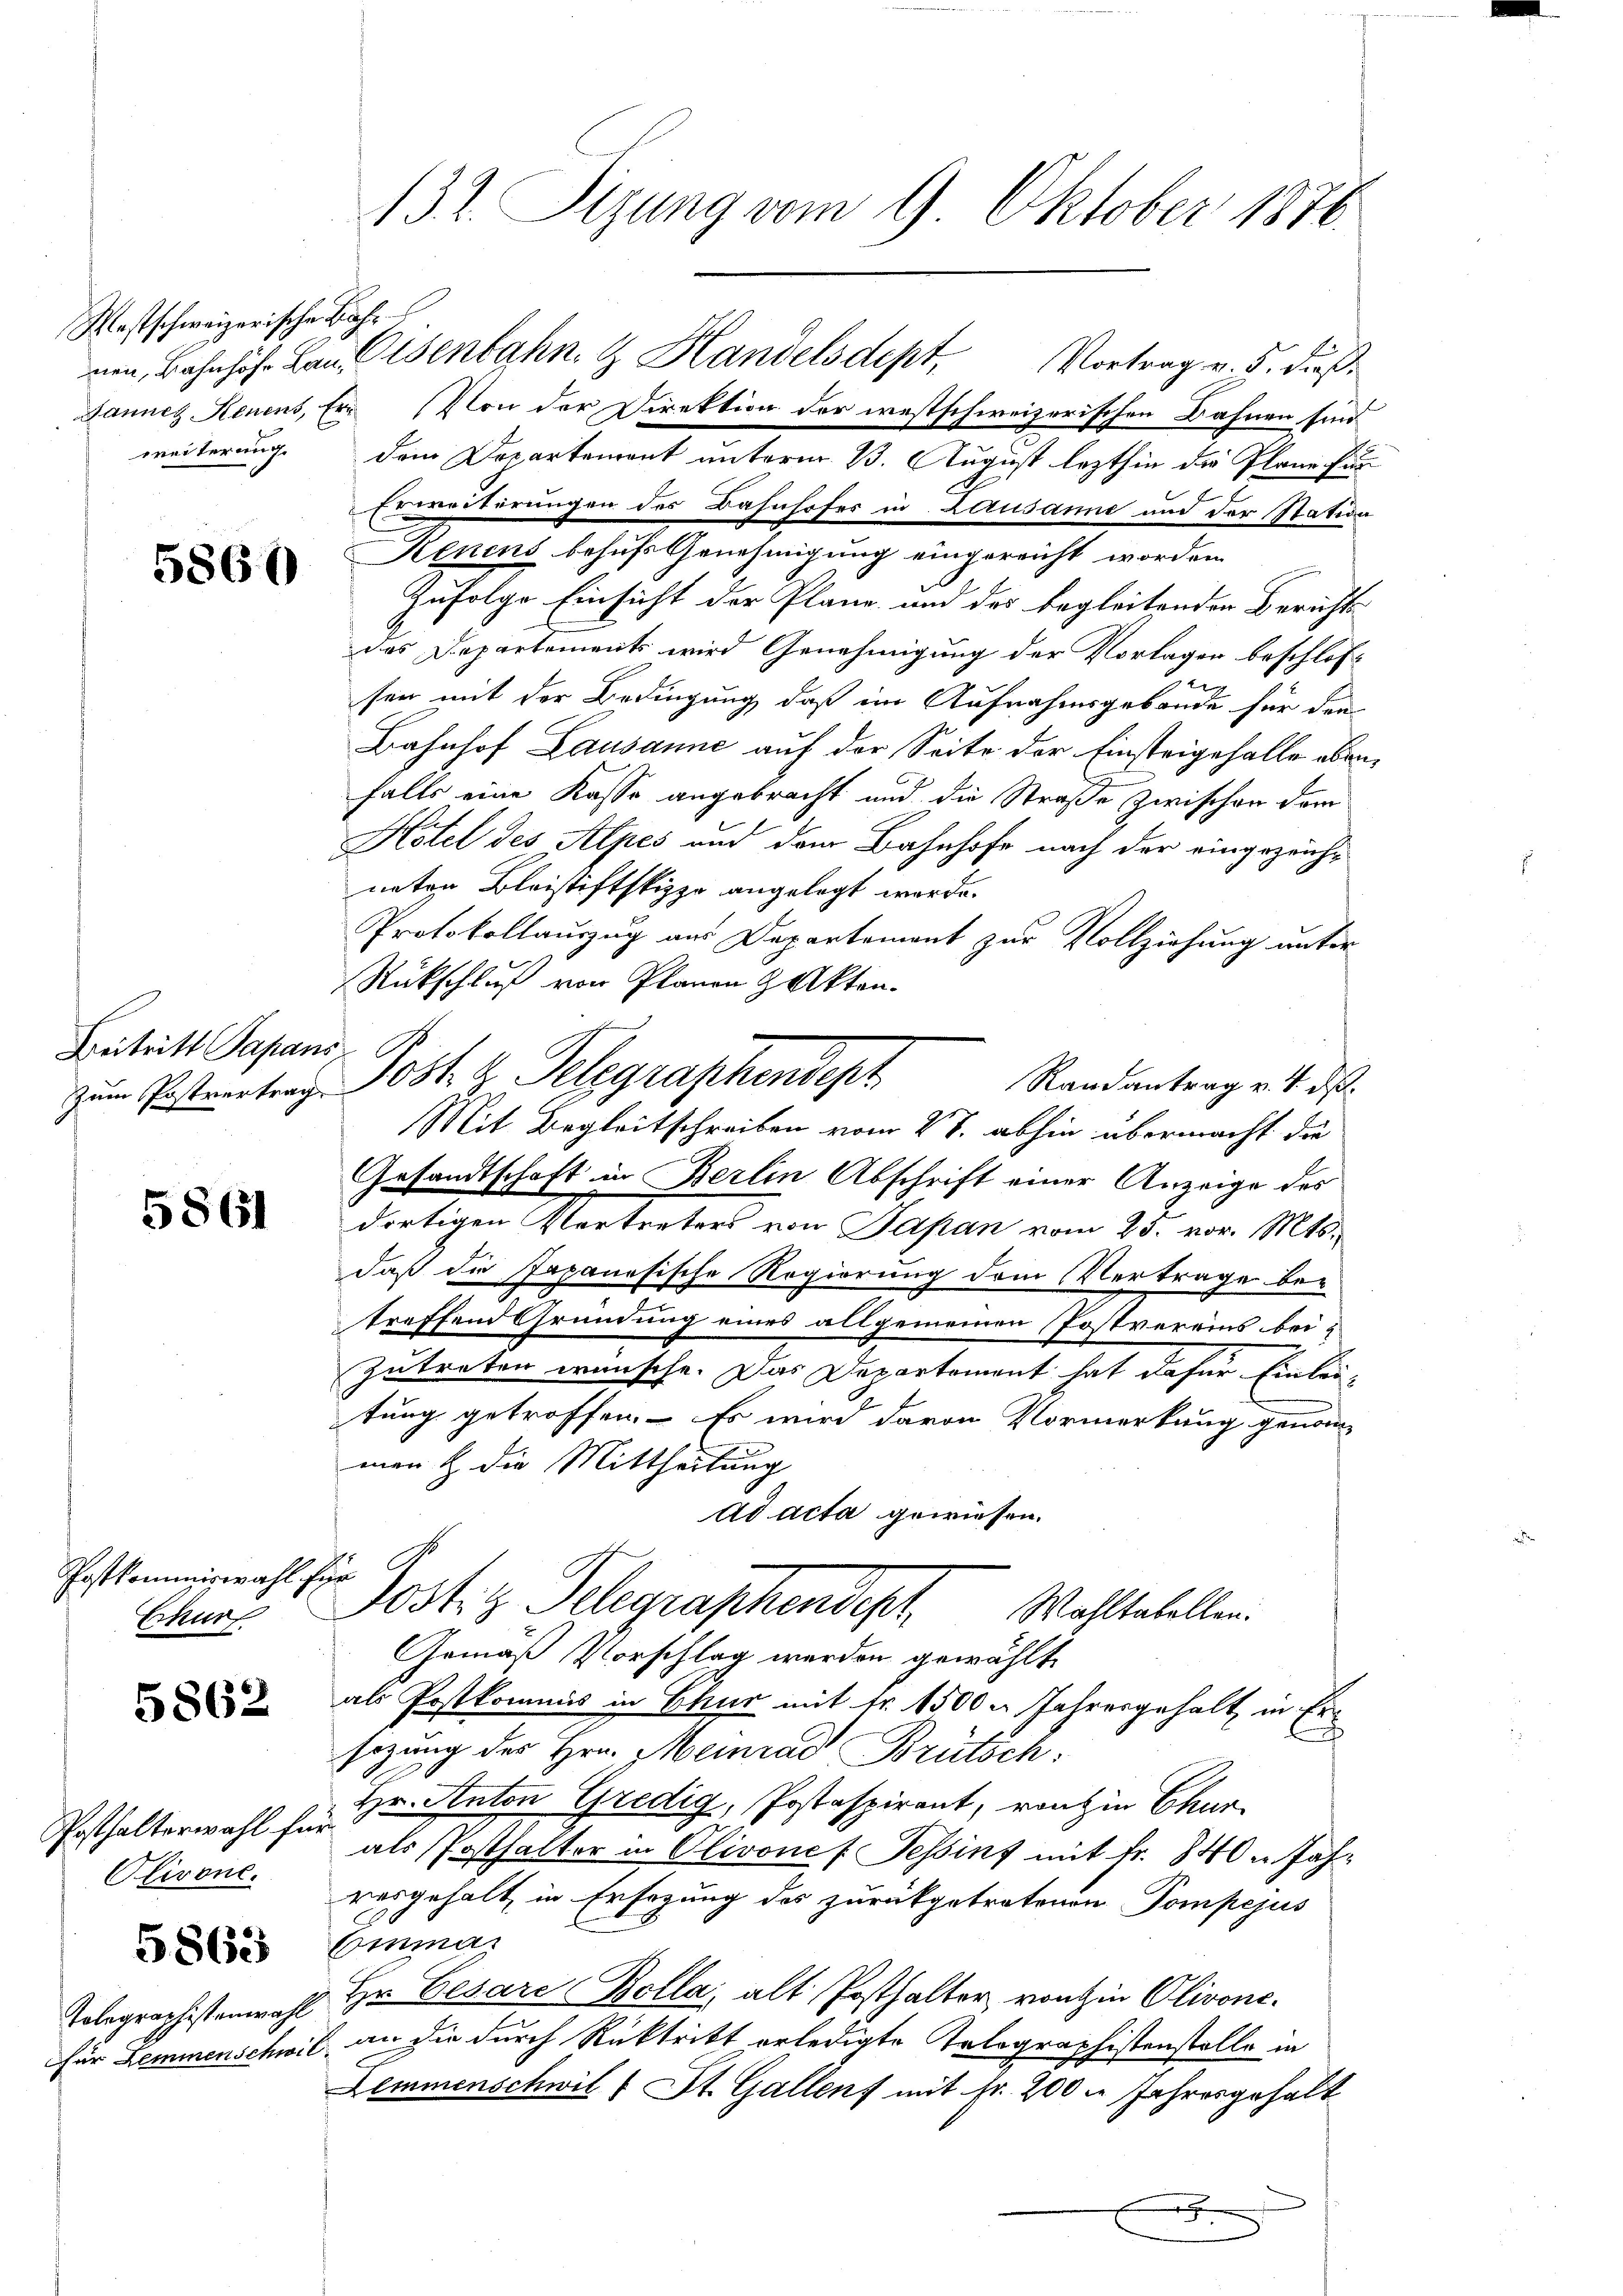
Westschweizerische Bahr.

Beitritt Papans

5862

5860

5861

Postkommiswahl für
Ekur

Posthalterwahl für
Olivone.

5865

Tolegraphistenwahl
für Lemmenschwe

Gannes Benens, Er (Von der Direktion der westschweizerischen Bahnen sind
weiterung dem Departement unterm 13. August lezthin die Plane fun
Erweiterungen des Bahnhofes in Lausanne und der Station
Kenins behufs Genehmigung eingereicht worden
Zufolge Einsicht der Pläne und der begleitenden Berichts-
das Departements wird Genehmigung der Vorlagen beschlosb
sen mit der Bedingung daß im Aufnahmsgebäude für den
Bahnhof Lausanne auf der Seite der Einsteigefalle eben
falls eine Kasse angebracht und die Straße zwischen dem
Hotel des Alpes und dem Bahnhofe nach der eingezeichneten Bleistiftskizzo angelegt werde.
Protokollauszug aus Departement zur Vollziehung unter
Rückschluß von Planen & Akten.
zŭm Posteantrag Post u. Telegraphendept
Randantrag v. 4. ds.
Mit Begleitschreiben vom 27. abhin übermacht die
Gesandtschaft in Berlin Abschrift einer Anzeige des
dortigen Vertreters von Papan vom 25. vor. Mts.
daß die Japanesische Regierung dem Vertrage betreffend Gründung eines allgemeinen Postvereins beizutreten wünsche. Das Departement hat dafür Einleitung getroffen. Es wird davon Vormerkung genom-
men & die Mittheilung
Ad acta gewiesen.
G
Jostiz Telegraphendert Wahltebellen.
Gemäß Vorschlag werden gewählt
als Postkommis in Chur mit Fr. 1500. Jahresgehalt in Er-
J
sezung des Hrn. Meinrad Brütsch:
Hr. Anton Gredig, Postaspirant, von in Chur-
als Posthalter in Olivones Tessint mit fr. 840 u Jahrosgehalt, in Ersezung des zurückgetretenen Pompejus
Emmas
v Hr. Cesare Bella, alt Posthalter von in Olivone.
. an die durch Rücktritt erledigte Tolographistenstelle in
Lemmenschwil 1 St. Gallens mit Fr. 200 m Jahresgehalt
x

132. Sizung vom 9. Oktober 1876.

nen, Bahnhof Lan Osenbahn & Handelsdept, Vortrag v. 5. dieß